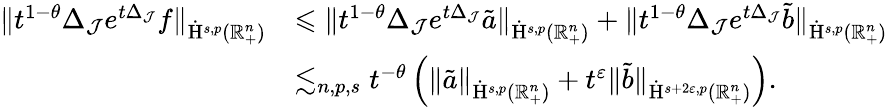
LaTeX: \begin{array}{rl}{\lVert t^{1-\theta}\Delta_{\mathcal{J}}e^{t\Delta_{\mathcal{J}}}f\rVert_{\dot{\mathrm{H}}^{s,p}(\mathbb{R}_{+}^{n})}}&{\leqslant\lVert t^{1-\theta}\Delta_{\mathcal{J}}e^{t\Delta_{\mathcal{J}}}\tilde{a}\rVert_{\dot{\mathrm{H}}^{s,p}(\mathbb{R}_{+}^{n})}+\lVert t^{1-\theta}\Delta_{\mathcal{J}}e^{t\Delta_{\mathcal{J}}}\tilde{b}\rVert_{\dot{\mathrm{H}}^{s,p}(\mathbb{R}_{+}^{n})}}\\ &{\lesssim_{n,p,s}t^{-\theta}\left(\lVert\tilde{a}\rVert_{\dot{\mathrm{H}}^{s,p}(\mathbb{R}_{+}^{n})}+t^{\varepsilon}\lVert\tilde{b}\rVert_{\dot{\mathrm{H}}^{s+2\varepsilon,p}(\mathbb{R}_{+}^{n})}\right)\mathrm{.~}}\end{array}